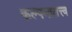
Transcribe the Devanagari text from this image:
कल्पनातत्त्व